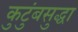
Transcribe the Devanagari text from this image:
कुटुंबसुद्धा